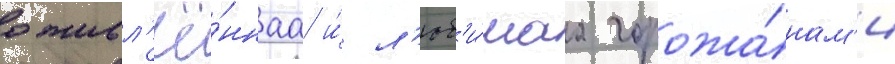
оживл'ё́ннаа и́ л'юб'и́маа горожа́нам'и